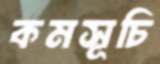
কমসূচি